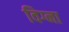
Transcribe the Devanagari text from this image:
विग्ना